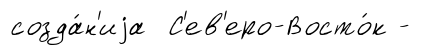
созда́н'иjа С'ев'еро-Восто́к -